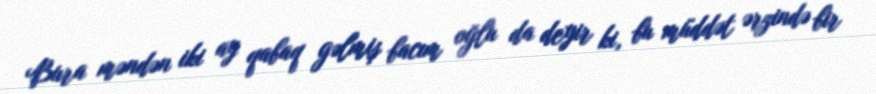
Bura məndən iki ay qabaq gəlmiş bacım oğlu da deyir ki, bu müddət ərzində bir